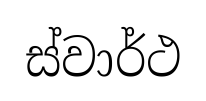
ස්වාර්ථ